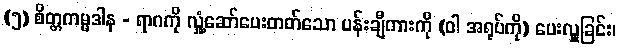
(၅) စိတ္တကမ္မဒါန - ရာဂကို လှုံ့ဆော်ပေးတတ်သော ပန်းချီကားကို (ဝါ အရုပ်ကို) ပေးလှူခြင်း၊